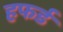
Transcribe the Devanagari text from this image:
हफर्ड